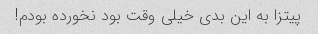
پیتزا به این بدی خیلی وقت بود نخورده بودم!